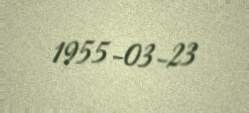
1955-03-23